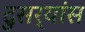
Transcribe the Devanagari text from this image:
दुसर्‍यांस